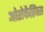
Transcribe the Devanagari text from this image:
ओरोफैरिंक्स